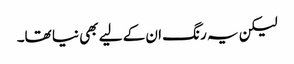
لیکن یہ رنگ ان کے لیے بھی نیا تھا۔